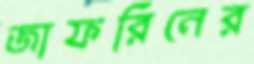
জাফরিনের